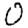
Digit: 0